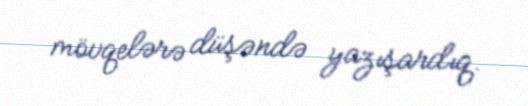
mövqelərə düşəndə yazışardıq.